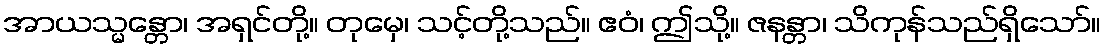
အာယသ္မန္တော၊ အရှင်တို့။ တုမှေ၊ သင့်တို့သည်။ ဧဝံ၊ ဤသို့။ ဇနန္တာ၊ သိကုန်သည်ရှိသော်။